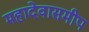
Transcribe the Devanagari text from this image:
महादेवासमीप